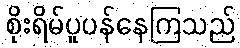
စိုးရိမ်ပူပန်နေကြသည်